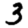
Digit: 3